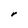
Character: r